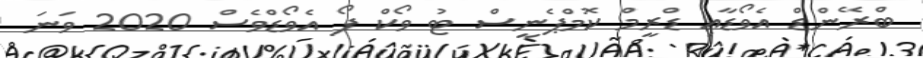
ބްރޭންޑް އެވޯޑާއި ޑްރީމް ކޮމްޕެނީސް ޓު ވޯކް ފޯ އެވޯޑްވެސް 2020 ވަނަ